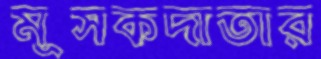
মূসকদাতার